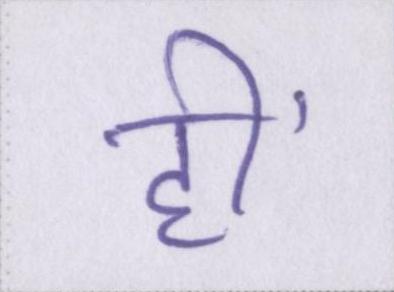
हीं